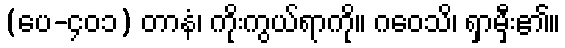
(ပေ-၄၀၁) တာနံ၊ ကိုးကွယ်ရာကို။ ဂဝေသိ၊ ရှာမှီး၏။